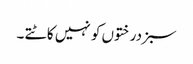
سبزدرختوں کو نہیں کاٹتے ۔